Scottish Leaving Certificate Examination, 1952
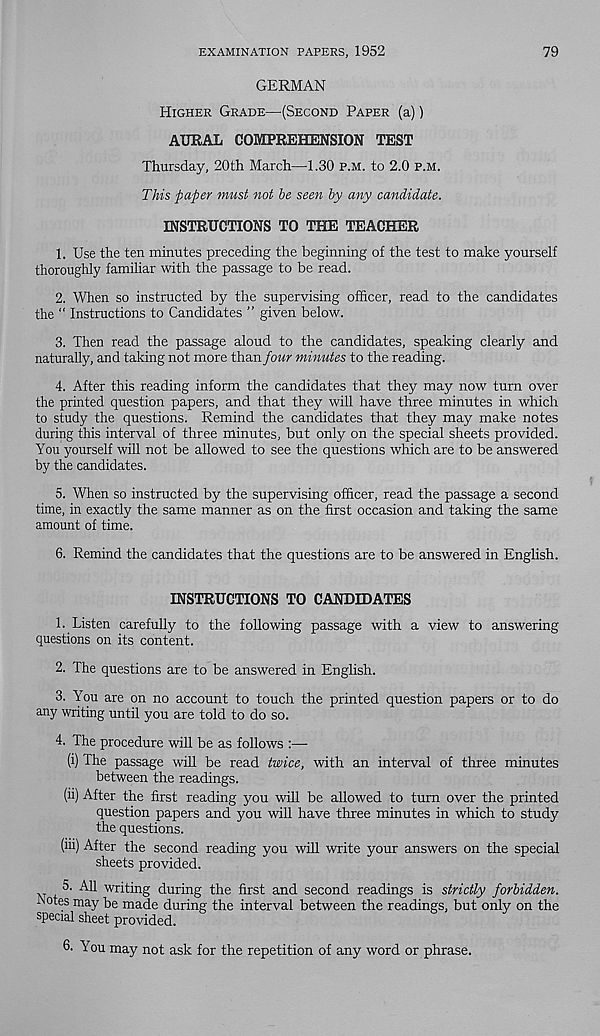
EXAMINATION PAPERS, 1952
79
GERMAN
Higher Grade—-(Second Paper (a))
AURAL COMPREHENSION TEST
Thursday, 20th March—1.30 p.m. to 2.0 p.m.
This jmjper must not be seen by any candidate.
INSTRUCTIONS TO THE TEACHER
1. Use the ten minutes preceding the beginning of the test to make yourself
thoroughly familiar with the passage to be read.
2. When so instructed by the supervising officer, read to the candidates
the “ Instructions to Candidates ” given below.
3. Then read the passage aloud to the candidates, speaking clearly and
naturally, and taking not more than four minutes to the reading.
4. After this reading inform the candidates that they may now turn over
the printed question papers, and that they will have three minutes in which
to study the questions. Remind the candidates that they may make notes
during this interval of three minutes, but only on the special sheets provided.
You yourself will not be allowed to see the questions which are to be answered
by the candidates.
5. When so instructed by the supervising officer, read the passage a second
time, in exactly the same manner as on the first occasion and taking the same
amount of time.
6. Remind the candidates that the questions are to be answered in English.
INSTRUCTIONS TO CANDIDATES
1. Listen carefully to the following passage with a view to answering
questions on its content.
2. The questions are to be answered in English.
3. You are on no account to touch the printed question papers or to do
any writing until you are told to do so.
4. The procedure will be as follows :—
(i) The passage will be read twice, with an interval of three minutes
between the readings.
(ii) After the first reading you will be allowed to turn over the printed
question papers and you will have three minutes in which to study
the questions.
(iii) After the second reading you will write your answers on the special
sheets provided.
.. 5. All writing during the first and second readings is strictly forbidden.
JNotes may be made during the interval between the readings, but only on the
special sheet provided.
6. You may not ask for the repetition of any word or phrase.